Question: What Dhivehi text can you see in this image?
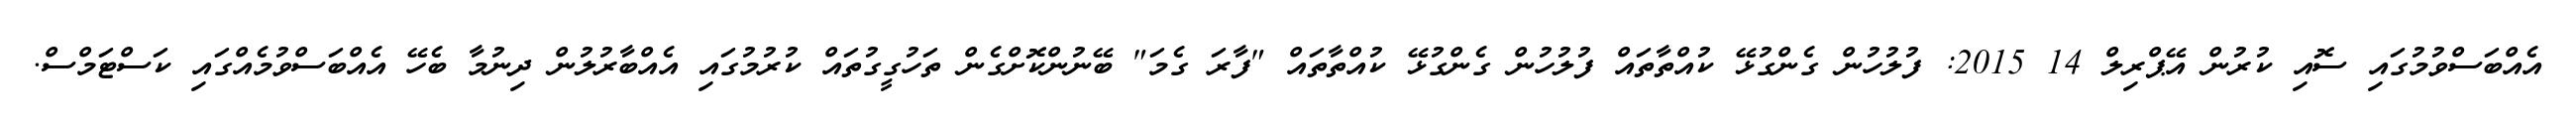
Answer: އެއްބަސްވުމުގައި ސޮއި ކުރުން އޭޕްރިލް 14 2015: ފުލުހުން ގެންގުޅޭ ކުއްތާތައް ފުލުހުން ގެންގުޅޭ ކުއްތާތައް "ފާރަ ގެމަ" ބޭނުންކޮށްގެން ތަހުގީގުތައް ކުރުމުގައި އެއްބާރުލުން ދިނުމާ ބެހޭ އެއްބަސްވުމެއްގައި ކަސްޓަމްސް.